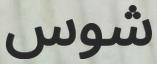
شوس